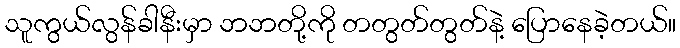
သူကွယ်လွန်ခါနီးမှာ ဘဘတို့ကို တတွတ်တွတ်နဲ့ ပြောနေခဲ့တယ်။